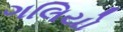
ગલિયો